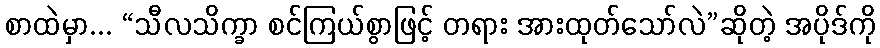
စာထဲမှာ... “သီလသိက္ခာ စင်ကြယ်စွာဖြင့် တရား အားထုတ်သော်လဲ”ဆိုတဲ့ အပိုဒ်ကို